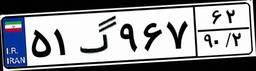
۵۱گ۹۶۷۶۲